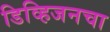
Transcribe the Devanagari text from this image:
डिव्हिजनचा